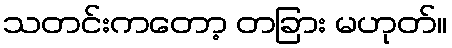
သတင်းကတော့ တခြား မဟုတ်။